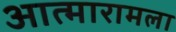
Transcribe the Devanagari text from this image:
आत्मारामला